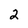
Character: 2